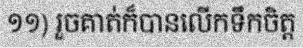
១១) រួចគាត់ក៏បានលើកទឹកចិត្ត